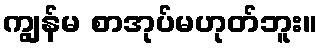
ကျွန်မ စာအုပ်မဟုတ်ဘူး။